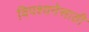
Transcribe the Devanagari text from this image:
विपश्यनेसाठी